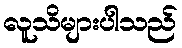
လူသိများပါသည်